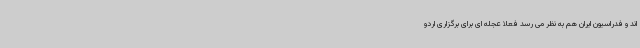
اند و فدراسیون ایران هم به نظر می رسد فعلا عجله ای برای برگزاری اردو